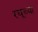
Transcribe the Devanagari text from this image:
रघूच्या